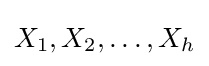
X_{1},X_{2},\ldots ,X_{h}